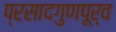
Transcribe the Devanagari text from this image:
प्रसादगुणपूर्व